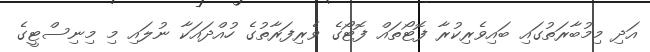
އަދި މިމުބާރަތުގައި ބައިވެރިކުރާ ފޮޓޯތައް ފޮޓޯގެ ވެރިފަރާތުގެ ހުއްދައަކާ ނުލައި މި މިނިސްޓީގެ